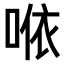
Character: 𠵱